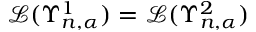
\mathcal { L } ( \Upsilon _ { n , \alpha } ^ { 1 } ) = \mathcal { L } ( \Upsilon _ { n , \alpha } ^ { 2 } )